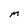
Character: M